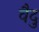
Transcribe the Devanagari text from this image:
वैदु